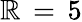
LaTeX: \mathbb{R}\, =\, 5